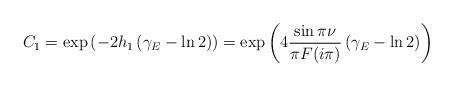
LaTeX: \begin{align*}C_{1}=\exp\left( -2h_{1}\left( \gamma_{E}-\ln2\right) \right) =\exp\left(4\frac{\sin\pi\nu}{\pi F(i\pi)}\left( \gamma_{E}-\ln2\right) \right)\end{align*}